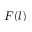
F ( l )